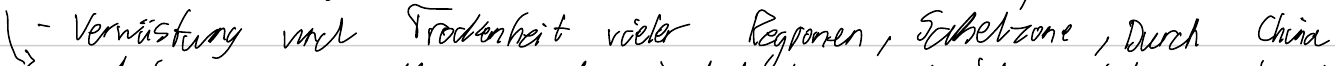
- Verwüstung und Trockenheit vieler Regionen, Sahelzone, Durch China